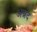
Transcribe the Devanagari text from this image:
अन्नंद